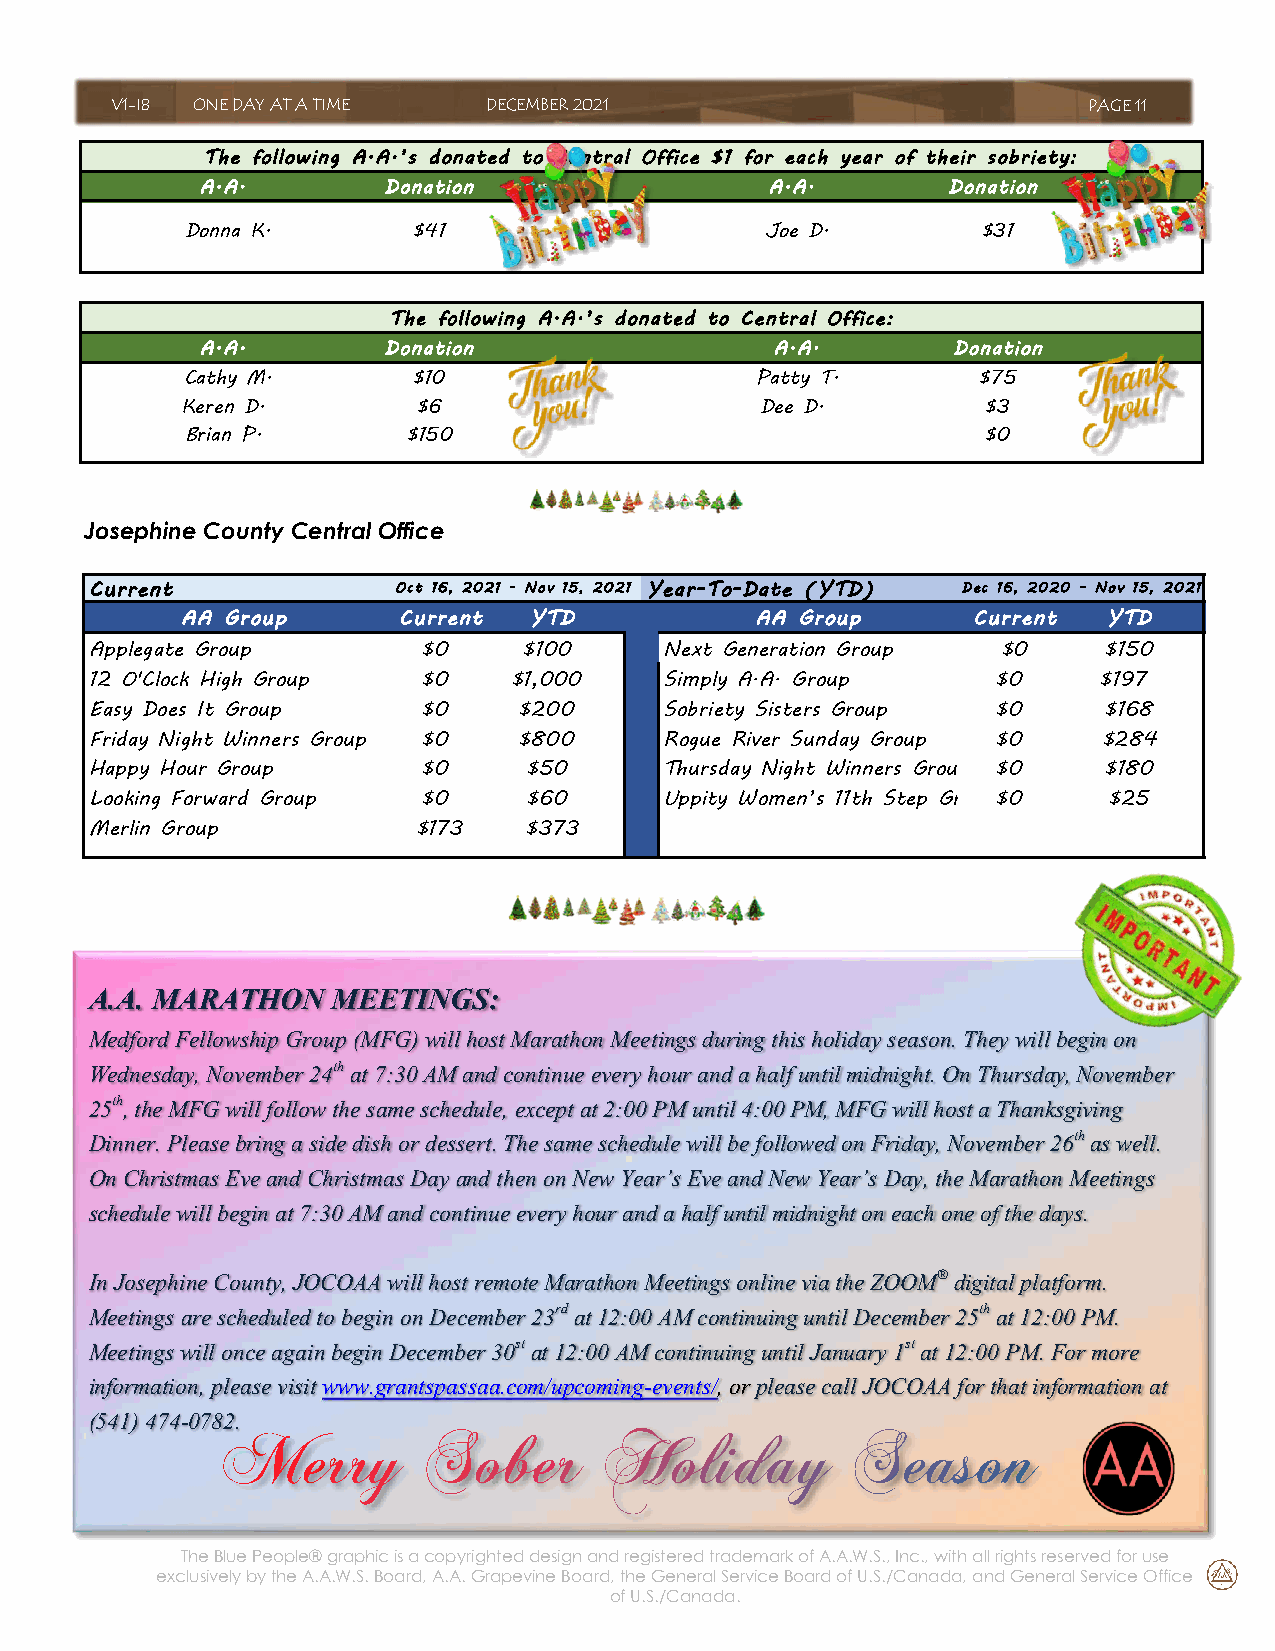
V1-I8 ONE DAY AT A TIME  DECEMBER 2021                           PAGE 11
 The following A.A.’s donated to Central Office $1 for each year of their sobriety:
 A.A.        Donation                  A.A.        Donation
 Donna K.       $41                     Joe D.        $31
 The following A.A.’s donated to Central Office:
 A.A.        Donation                  A.A.        Donation
 Cathy M.       $10                    Patty T.       $75
 Keren D.        $6                    Dee D.         $3
 Brian P.       $150                                  $0
 Josephine County Central Office
 Current             Oct 16, 2021 - Nov 15, 2021 Year-To-Date (YTD) Dec 16, 2020 - Nov 15, 2021
 AA Group      Current  YTD            AA Group      Current  YTD
 Applegate Group       $0     $100     Next Generation Group $0     $150
 12 O'Clock High Group $0    $1,000    Simply A.A. Group     $0     $197
 Easy Does It Group    $0    $200      Sobriety Sisters Group $0    $168
 Friday Night Winners Group $0 $800    Rogue River Sunday Group $0  $284
 Happy Hour Group      $0     $50      Thursday Night Winners Group $0 $180
 Looking Forward Group $0     $60      Uppity Women’s 11th Step Group$0 $25
 Merlin Group          $173   $373
 A.A. MARATHON   MEETINGS:
 Medford Fellowship Group (MFG) will host Marathon Meetings during this holiday season. They will begin on
 Wednesday, November 24th at 7:30 AM and continue every hour and a half until midnight. On Thursday, November
 25th, the MFG will follow the same schedule, except at 2:00 PM until 4:00 PM, MFG will host a Thanksgiving
 Dinner. Please bring a side dish or dessert. The same schedule will be followed on Friday, November 26th as well.
 On Christmas Eve and Christmas Day and then on New Year’s Eve and New Year’s Day, the Marathon Meetings
 schedule will begin at 7:30 AM and continue every hour and a half until midnight on each one of the days.
 In Josephine County, JOCOAA will host remote Marathon Meetings online via the ZOOM® digital platform.
 Meetings are scheduled to begin on December 23rd at 12:00 AM continuing until December 25th at 12:00 PM.
 Meetings will once again begin December 30st at 12:00 AM continuing until January 1st at 12:00 PM. For more
 information, please visit www.grantspassaa.com/upcoming-events/, or please call JOCOAA for that information at
 (541) 474-0782.
 The Blue People® graphic is a copyrighted design and registered trademark of A.A.W.S., Inc., with all rights reserved for use
 exclusively by the A.A.W.S. Board, A.A. Grapevine Board, the General Service Board of U.S./Canada, and General Service Office
 of U.S./Canada.